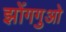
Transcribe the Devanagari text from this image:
झोंगगुओ